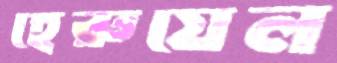
হেরুয়েল